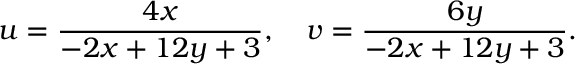
u = { \frac { 4 x } { - 2 x + 1 2 y + 3 } } , \quad v = { \frac { 6 y } { - 2 x + 1 2 y + 3 } } .